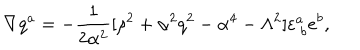
LaTeX: \nabla q ^ { a } = - { \frac { 1 } { 2 { \alpha } ^ { 2 } } } [ \rho ^ { 2 } + \alpha ^ { 2 } q ^ { 2 } - \alpha ^ { 4 } - \Lambda ^ { 2 } ] \varepsilon _ { \ b } ^ { a } e ^ { b } ,